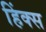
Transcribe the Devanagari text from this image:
हिंक्स